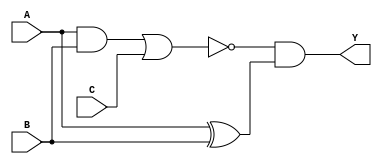
module complex_logic(
    input wire A,
    input wire B,
    input wire C,
    output wire Y
);

wire w1, w2, w3, w4, w5;

assign w1 = A & B; // AND gate
assign w2 = w1 | C; // OR gate
assign w3 = ~w2; // NOT operation
assign w4 = A ^ B; // XOR gate
assign w5 = w3 & w4; // AND gate

assign Y = w5;

endmodule